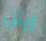
إيثن